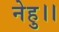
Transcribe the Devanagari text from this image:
नेहु।।